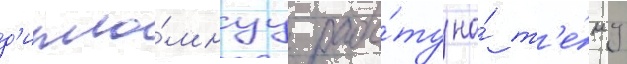
д'ипло́мнуу рабо́ту на́ т'е́му